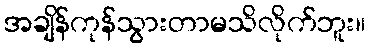
အချိန်ကုန်သွားတာမသိလိုက်ဘူး။